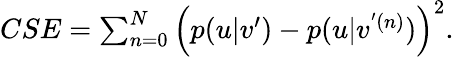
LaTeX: \begin{array}{r}{{CSE}=\sum_{n=0}^{N}\Big(p(u|v^{\prime})-p(u|v^{'(n)})\Big)^{2}.}\end{array}